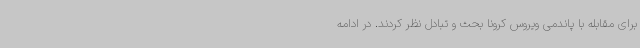
برای مقابله با پاندمی ویروس کرونا بحث و تبادل نظر کردند. در ادامه